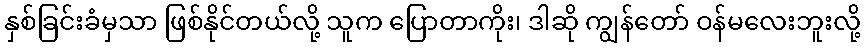
နှစ်ခြင်းခံမှသာ ဖြစ်နိုင်တယ်လို့ သူက ပြောတာကိုး၊ ဒါဆို ကျွန်တော် ဝန်မလေးဘူးလို့